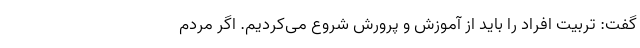
‌گفت: تربیت افراد را باید از آموزش و پرورش شروع می‌کردیم. اگر مردم